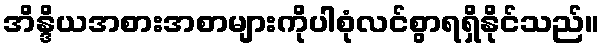
အိန္ဒိယအစားအစာများကိုပါစုံလင်စွာရရှိနိုင်သည်။